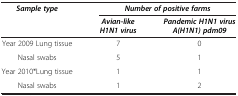
<table><thead><tr><td><b><i>Sample type</i></b></td><td colspan="2"><b><i>Number of positive farms</i></b></td></tr><tr><td><b> </b></td><td><b><i>Avian-like H1N1 virus</i></b></td><td><b><i>Pandemic H1N1 virus A(H1N1) pdm09</i></b></td></tr></thead><tbody><tr><td>Year 2009 Lung tissue</td><td>7</td><td>0</td></tr><tr><td>Nasal swabs</td><td>5</td><td>1</td></tr><tr><td>Year 2010*Lung tissue</td><td>1</td><td>1</td></tr><tr><td>Nasal swabs</td><td>1</td><td>2</td></tr></tbody></table>